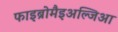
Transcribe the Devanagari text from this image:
फाइब्रोमैइअल्जिआ